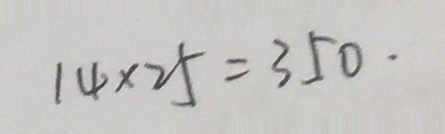
1 4 \times 2 5 = 3 5 0 .